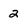
Character: 2